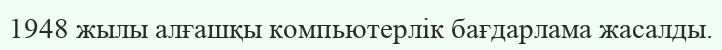
1948 жылы алғашқы компьютерлік бағдарлама жасалды.